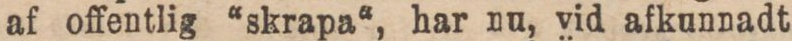
af offentlig “skrapa“, har nu, vid afkunnadt